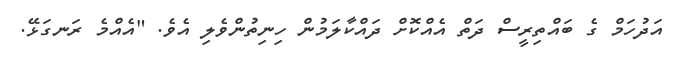
އަދުހަމް ގެ ބައްތިރީސް ދަތް އެއްކޮށް ދައްކާލަމުން ހިނިތުންވެލި އެވެ. "އެއްމެ ރަނގަޅޭ.